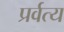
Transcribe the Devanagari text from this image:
प्रर्वत्य